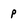
Character: p